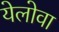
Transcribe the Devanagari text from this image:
येलोवा